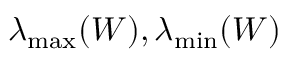
\lambda _ { \operatorname* { m a x } } ( W ) , \lambda _ { \operatorname* { m i n } } ( W )